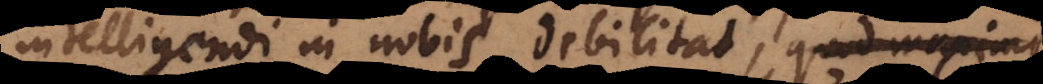
intelligendi in nobis debilitat, quod maxime